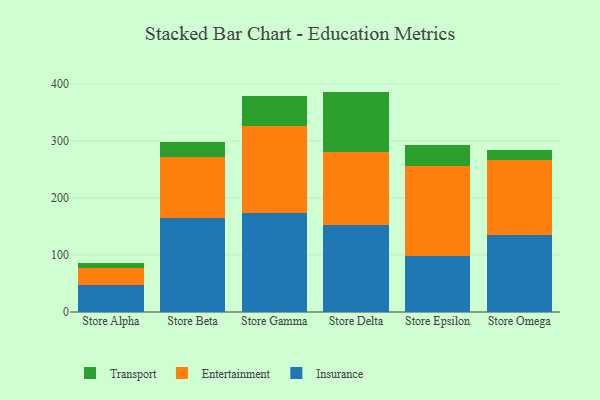
{"axis": {"x": "Store", "y": "Bounce Rate (%)"}, "legend": ["Entertainment", "Insurance", "Transport"], "data": [{"x": "Store Alpha", "y": 46.6, "type": "Insurance"}, {"x": "Store Alpha", "y": 30.1, "type": "Entertainment"}, {"x": "Store Alpha", "y": 8.5, "type": "Transport"}, {"x": "Store Beta", "y": 164.6, "type": "Insurance"}, {"x": "Store Beta", "y": 107.4, "type": "Entertainment"}, {"x": "Store Beta", "y": 26.0, "type": "Transport"}, {"x": "Store Gamma", "y": 173.2, "type": "Insurance"}, {"x": "Store Gamma", "y": 154.0, "type": "Entertainment"}, {"x": "Store Gamma", "y": 52.6, "type": "Transport"}, {"x": "Store Delta", "y": 152.5, "type": "Insurance"}, {"x": "Store Delta", "y": 128.4, "type": "Entertainment"}, {"x": "Store Delta", "y": 105.8, "type": "Transport"}, {"x": "Store Epsilon", "y": 99.0, "type": "Insurance"}, {"x": "Store Epsilon", "y": 156.7, "type": "Entertainment"}, {"x": "Store Epsilon", "y": 38.1, "type": "Transport"}, {"x": "Store Omega", "y": 134.4, "type": "Insurance"}, {"x": "Store Omega", "y": 132.4, "type": "Entertainment"}, {"x": "Store Omega", "y": 16.8, "type": "Transport"}]}